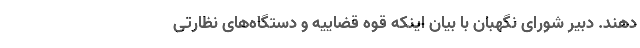
دهند. دبیر شورای نگهبان با بیان اینکه قوه قضاییه و دستگاه‌های نظارتی